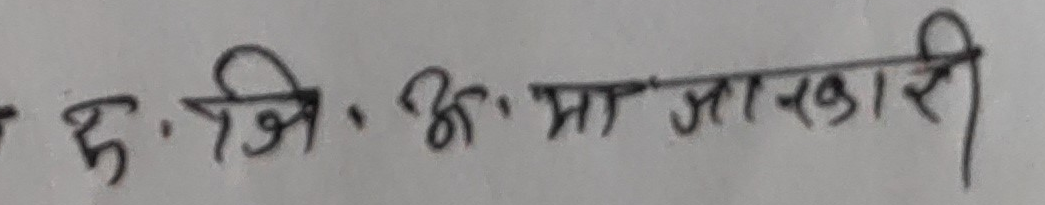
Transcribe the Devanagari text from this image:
इ. जि. अ. मा जानकारी